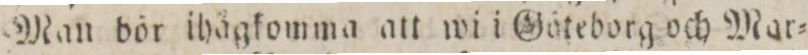
Man bör ihågkomma att wi i Gäteborg och Mar=